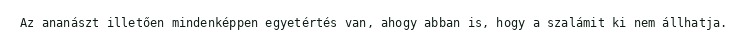
Az ananászt illetően mindenképpen egyetértés van, ahogy abban is, hogy a szalámit ki nem állhatja.